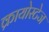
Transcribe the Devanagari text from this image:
क्रायोस्टेज